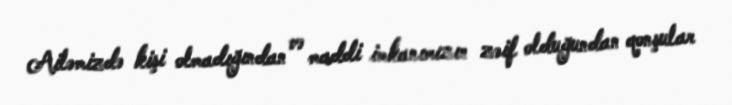
Ailəmizdə kişi olmadığından və maddi imkanımızın zəif olduğundan qonşular